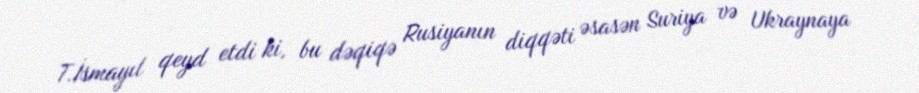
T.İsmayıl qeyd etdi ki, bu dəqiqə Rusiyanın diqqəti əsasən Suriya və Ukraynaya